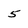
Character: 5